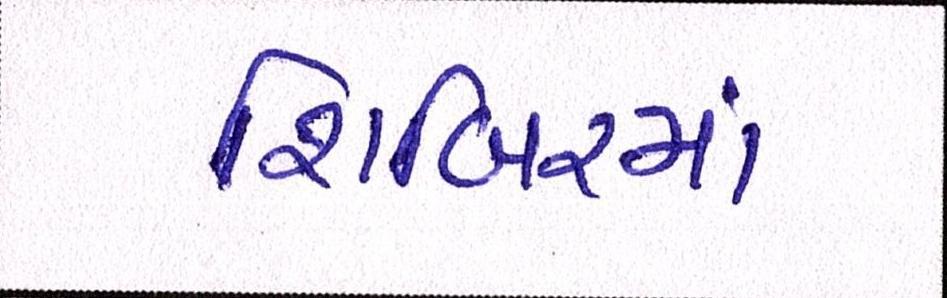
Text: શિબિરમાં